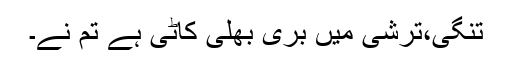
تنگی،ترشی میں بری بھلی کاٹی ہے تم نے۔